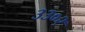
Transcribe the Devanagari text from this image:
३३०२